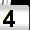
Digit: 4